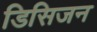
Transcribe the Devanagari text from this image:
डिसिजन